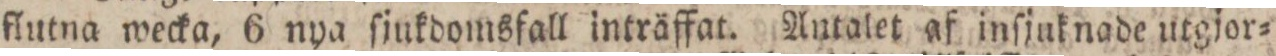
flutna wecka, 6 nya ſjukdomsfall inträffat. Antalet af inſjuknade utgjor=